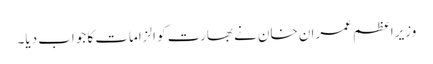
وزیراعظم عمران خان نے بھارت کو الزامات کا جواب دیا۔